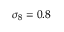
\sigma _ { 8 } = 0 . 8